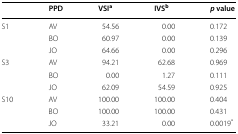
|  | PPD | VSIa | IVSb | p value |
 | --- | --- | --- | --- | --- |
 | <ROWSPAN=3> S1 | AV | 54.56 | 0.00 | 0.172 |
 | BO | 60.97 | 0.00 | 0.139 |
 | JO | 64.66 | 0.00 | 0.296 |
 | <ROWSPAN=3> S3 | AV | 94.21 | 62.68 | 0.969 |
 | BO | 0.00 | 1.27 | 0.111 |
 | JO | 62.09 | 54.59 | 0.925 |
 | <ROWSPAN=3> S10 | AV | 100.00 | 100.00 | 0.404 |
 | BO | 100.00 | 100.00 | 0.431 |
 | JO | 33.21 | 0.00 | 0.0019* |